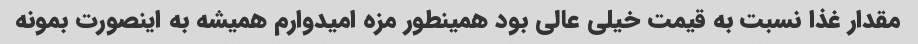
مقدار غذا نسبت به قیمت خیلی عالی بود همینطور مزه امیدوارم همیشه به اینصورت بمونه